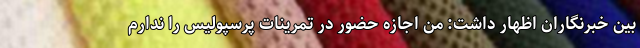
بین خبرنگاران اظهار داشت: من اجازه حضور در تمرینات پرسپولیس را ندارم